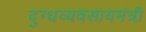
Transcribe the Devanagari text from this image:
दुग्धव्यवसायमंत्री